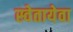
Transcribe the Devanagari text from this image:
स्वेतायेवा